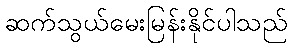
ဆက်သွယ်မေးမြန်းနိုင်ပါသည်